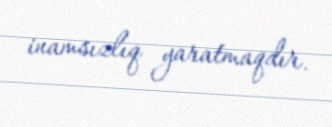
inamsızlıq yaratmaqdır.